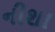
નીશા